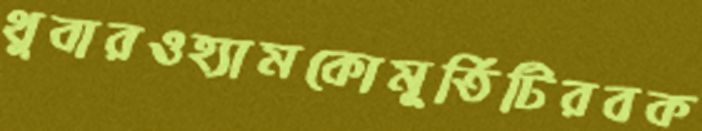
থুবারওহ্যামকোমূর্তিটিরবক